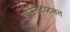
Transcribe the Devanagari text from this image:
इन्स्तिटय्टसत